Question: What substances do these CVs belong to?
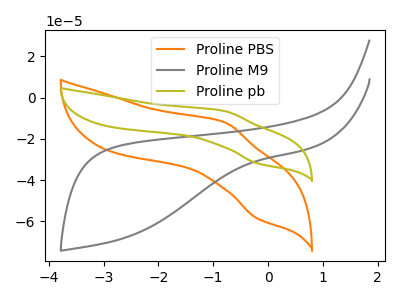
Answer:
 <answer>The orange curve is labeled "Proline PBS". The gray curve is labeled "Proline M9". The olive curve is labeled "Proline pb".</answer>
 <eval></eval>